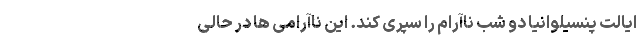
ایالت پنسیلوانیا دو شب ناآرام را سپری کند. این ناآرامی ها در حالی